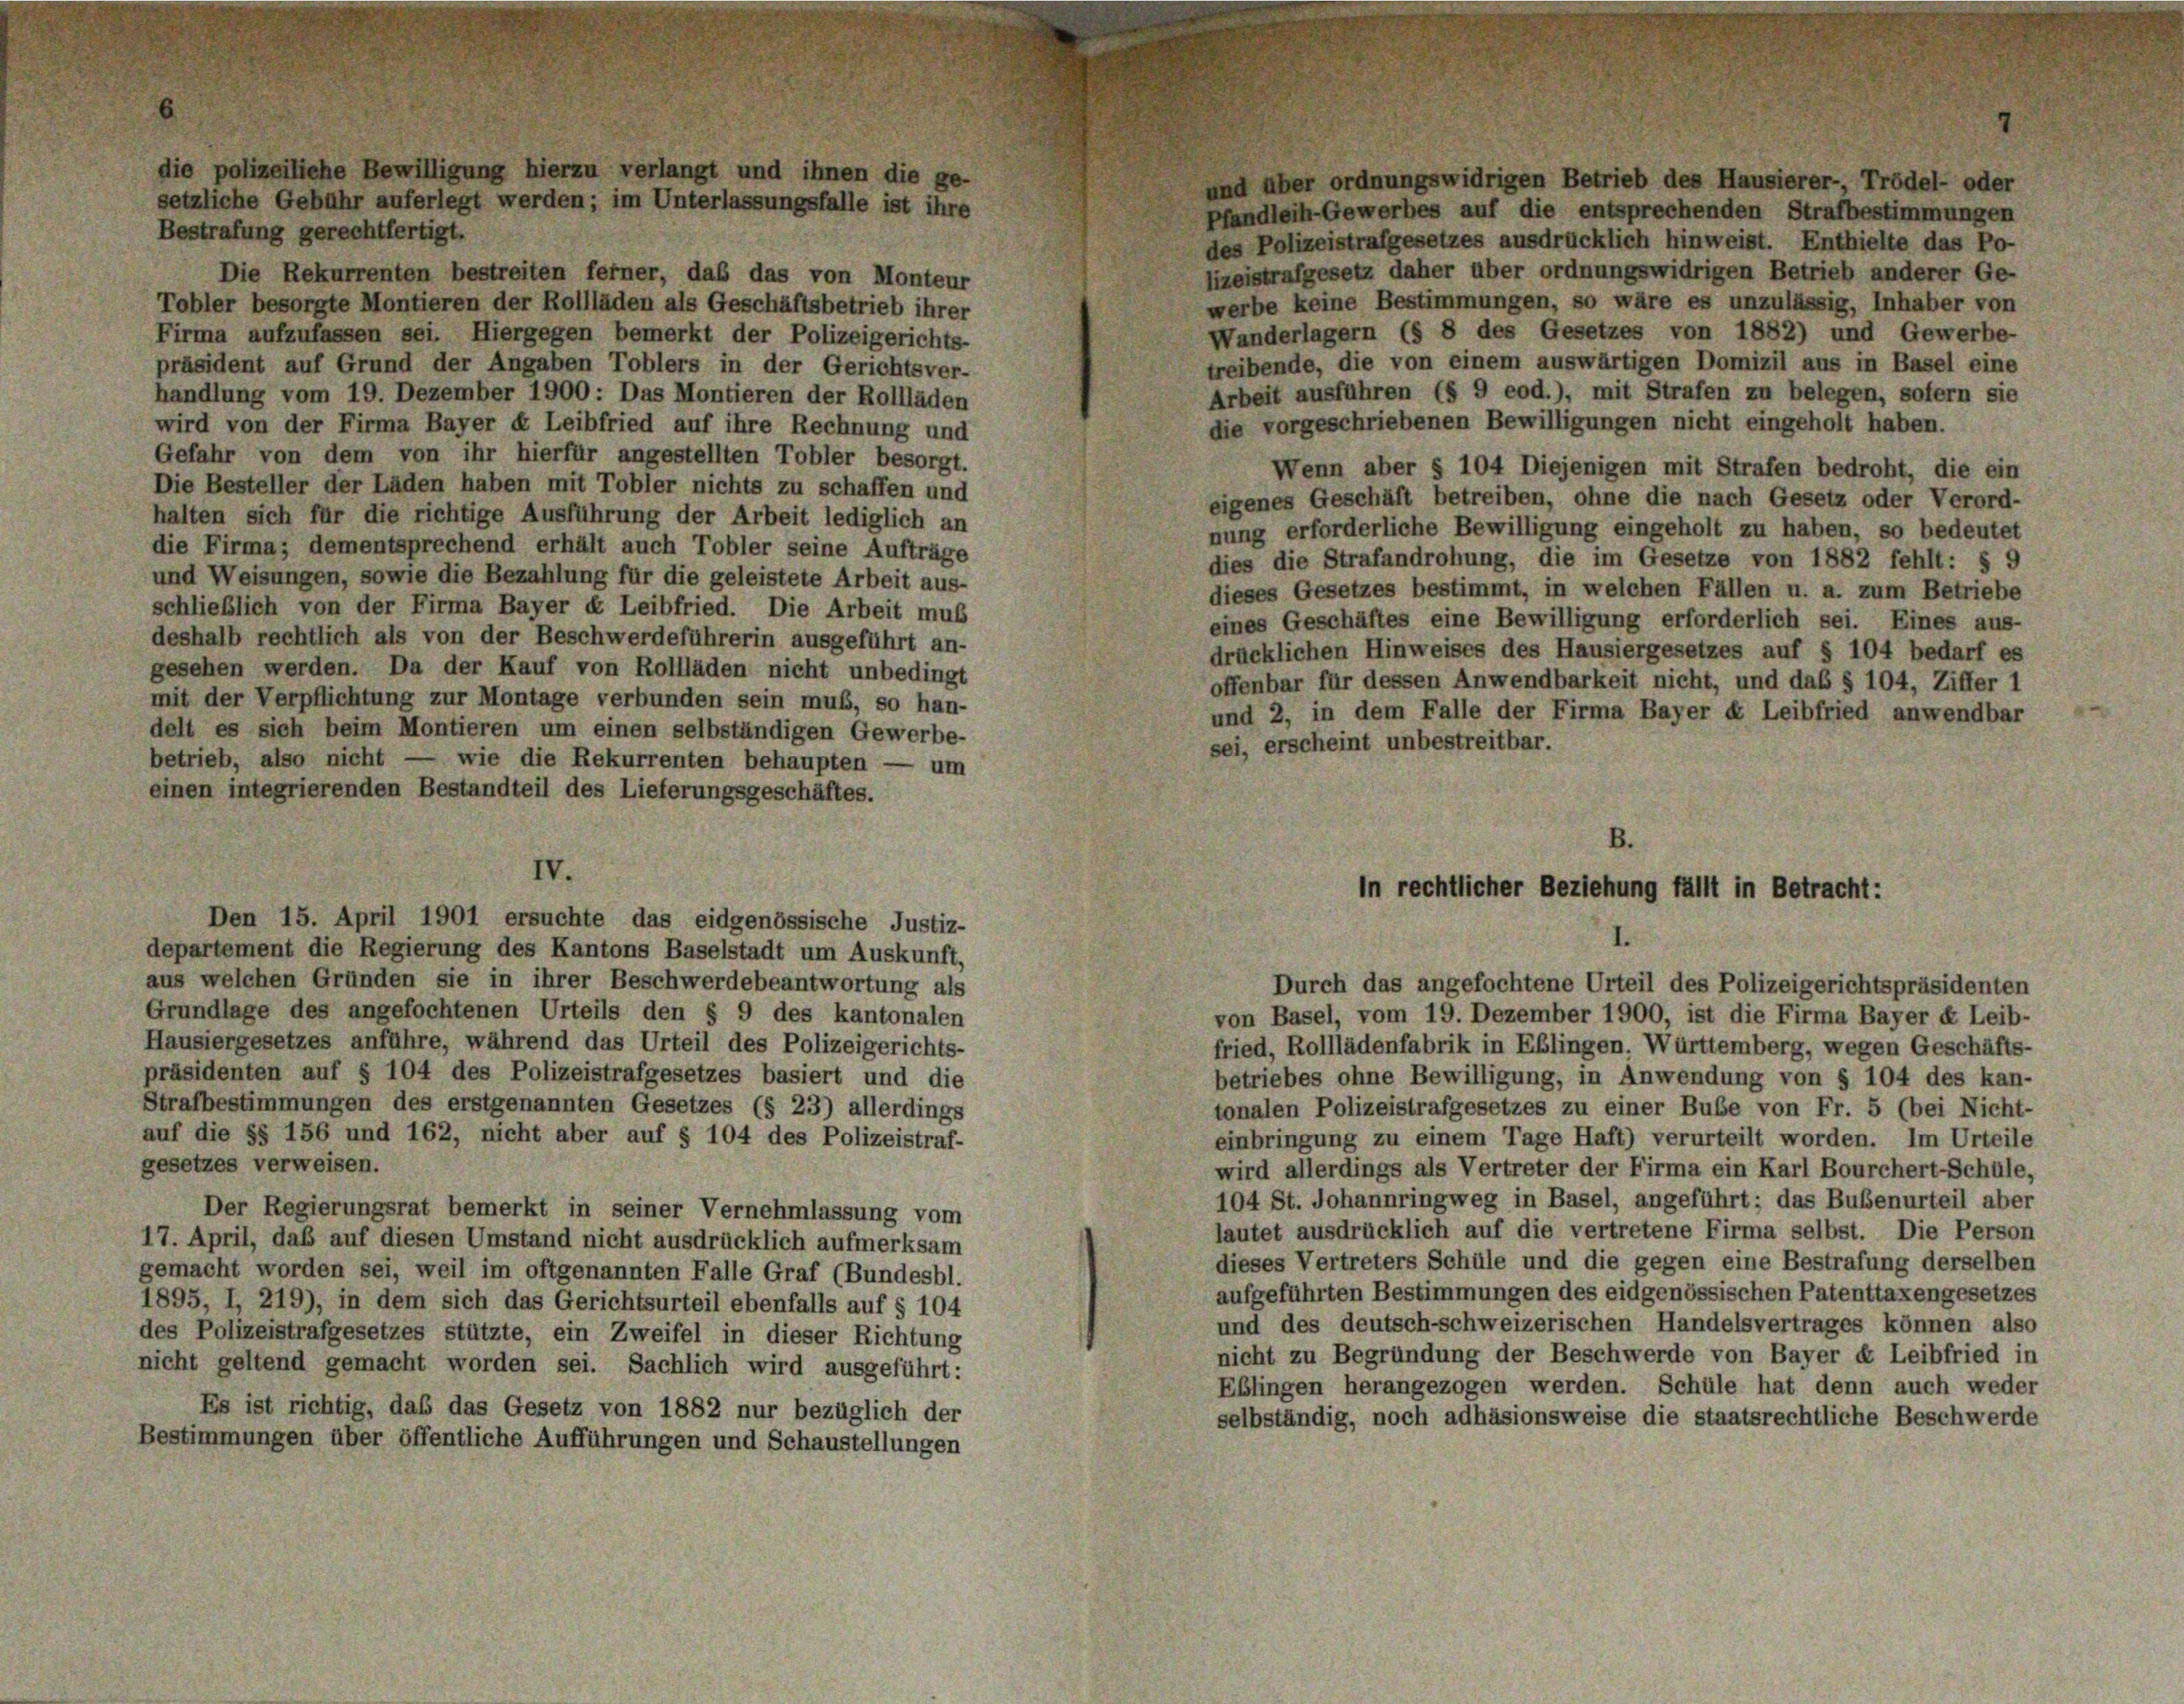
1

e polizeilie

he Bewilligung hierzu verlangt und ihnen die ge-
setzliche Gebühr auferlegt werden; im Unterlassungsfalle ist ihre

Pfandleih-Gewerbes auf die entsprechenden Strafbestimmungen
Bestrafung gerechtfertigt.
des Polizeistrafgesetzes ausdrücklich hinweist. Enthielte das Po-
lizeistrafgesetz daher über ordnungswidrigen Betrieb anderer Ge-
Die Rekurrenten bestreiten ferner, daß das von Monteur
werbe keine Bestimmungen, so wäre es unzulässig, Inhaber von
Tobler besorgte Montieren der Rollläden als Geschäftsbetrieb ihrer
Wanderlagern (§ 8 des Gesetzes von 1882) und Gewerbe-
Firma aufzufassen sei. Hiergegen bemerkt der Polizeigerichts-
treibende, die von einem auswärtigen Domizil aus in Basel eine
präsident auf Grund der Angaben Toblers in der Gerichtsver-
Arbeit ausführen (§ 9 eod.), mit Strafen zu belegen, sofern sie
handlung vom 19. Dezember 1900: Das Montieren der Rollläden
die vorgeschriebenen Bewilligungen nicht eingeholt haben.
wird von der Firma Bayer « Leibfried auf ihre Rechnung und
Gefahr von dem von ihr hierfür angestellten Tobler besorgt.
Wenn aber § 104 Diejenigen mit Strafen bedroht, die ein
Die Besteller der Läden haben mit Tobler nichts zu schaffen und
eigenes Geschäft betreiben, ohne die nach Gesetz oder Verord-
halten sich für die richtige Ausführung der Arbeit lediglich an
nung erforderliche Bewilligung eingeholt zu haben, so bedeutet
die Firma; dementsprechend erhält auch Tobler seine Aufträge
dies die Strafandrohung, die im Gesetze von 1882 fehlt: § 9
und Weisungen, sowie die Bezahlung für die geleistete Arbeit aus-
dieses Gesetzes bestimmt, in welchen Fällen u. a. zum Betriebe
schließlich von der Firma Bayer et Leibfried. Die Arbeit muß
eines Geschäftes eine Bewilligung erforderlich sei. Eines aus-
deshalb rechtlich als von der Beschwerdeführerin ausgeführt an-
drücklichen Hinweises des Hausiergesetzes auf § 104 bedarf es
gesehen werden. Da der Kauf von Rollläden nicht unbedingt
offenbar für dessen Anwendbarkeit nicht, und das § 104, Ziffer 1
mit der Verpflichtung zur Montage verbunden sein muß, so han-
und 2, in dem Falle der Firma Bayer « Leibfried anwendbar
delt es sich beim Montieren um einen selbständigen Gewerbe-
sei, erscheint unbestreitbar.
betrieb, also nicht — wie die Rekurrenten behaupten — um
einen integrierenden Bestandteil des Lieferungsgeschäftes.
B.
IV.
In rechtlicher Beziehung fällt in Betracht:
Den 15. April 1901 ersuchte das eidgenössische Justiz-
departement die Regierung des Kantons Baselstadt um Auskunft,
aus welchen Gründen sie in ihrer Beschwerdebeantwortung als
Durch das angefochtene Urteil des Polizeigerichtspräsidenten
Grundlage des angefochtenen Urteils den § 9 des kantonalen
von Basel, vom 19. Dezember 1900, ist die Firma Bayer « Leib-
Hausiergesetzes anführe, während das Urteil des Polizeigerichts-
fried, Rolllädenfabrik in Eblingen. Württemberg, wegen Geschäfts-
präsidenten auf § 104 des Polizeistrafgesetzes basiert und die
betriebes ohne Bewilligung, in Anwendung von § 104 des kan-
Strafbestimmungen des erstgenannten Gesetzes (§ 23) allerdings
tonalen Polizeistrafgesetzes zu einer Bube von Fr. 5 (bei Nicht-
auf die §§ 156 und 162, nicht aber auf § 104 des Polizeistraf-
einbringung zu einem Tage Haft) verurteilt worden. Im Urteile
gesetzes verweisen.
wird allerdings als Vertreter der Firma ein Karl Bourchert-Schule,
104 St. Johannringweg in Basel, angeführt; das Bubenurteil aber
Der Regierungsrat bemerkt in seiner Vernehmlassung vom
lautet ausdrücklich auf die vertretene Firma selbst. Die Person
17. April, daß auf diesen Umstand nicht ausdrücklich aufmerksam
dieses Vertreters Schüle und die gegen eine Bestrafung derselben
gemacht worden sei, weil im oftgenannten Falle Graf (Bundesbl.
aufgeführten Bestimmungen des eidgenössischen Patenttaxengesetzes
1895, I, 219), in dem sich das Gerichtsurteil ebenfalls auf § 104
und des deutsch-schweizerischen Handelsvertrages können also
les Polizeistrafgesetzes stützte, ein Zweifel in dieser Richtung
nicht zu Begründung der Beschwerde von Bayer et Leibfried in
nicht geltend gemacht worden sei. Sachlich wird ausgeführt:
Eblingen herangezogen werden. Schüle hat denn auch weder
Es ist richtig, daß das Gesetz von 1882 nur bezüglich der
selbständig, noch adhäsionsweise die staatsrechtliche Beschwerde
Bestimmungen über öffentliche Aufführungen und Schaustellungen

des Hausierer- Trödel- oder